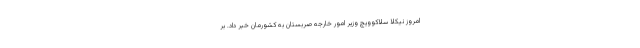
امروز نیکلا سلاکوویچ وزیر امور خارجه صربستان به کشورمان خبر داد. بر